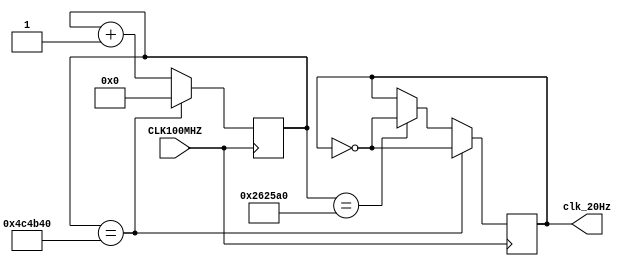
`timescale 1ns / 1ps
// Created by David J. Marion
// Date 7.22.2022
// For NexysA7 Accelerometer Reading

module slow_clock_gen(
    input CLK100MHZ,        // nexys a7 sys clk
    output clk_20Hz         // 4MHz clk
);

    reg [31:0] counter = 5'b0;
    reg clk_reg = 1'b1;

    always @(posedge CLK100MHZ) begin
        if(counter == 2500000)           // 0-12 is 13 ticks
            clk_reg <= ~clk_reg;
        if(counter == 5000000) begin     // 13-24 is 12 ticks
            clk_reg <= ~clk_reg;
            counter <= 31'b0;        // reset counter
        end
        else
            counter <= counter + 1;
    end

    assign clk_20Hz = clk_reg;

endmodule